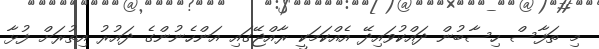
މި ތަފާސް ހިސާބުން ދައްކުވައިދޭ އެއްކަމަކީ ރާއްޖޭގައި އަންހެނުންގެ ދައުރު އިތުރަށް ފުޅާ